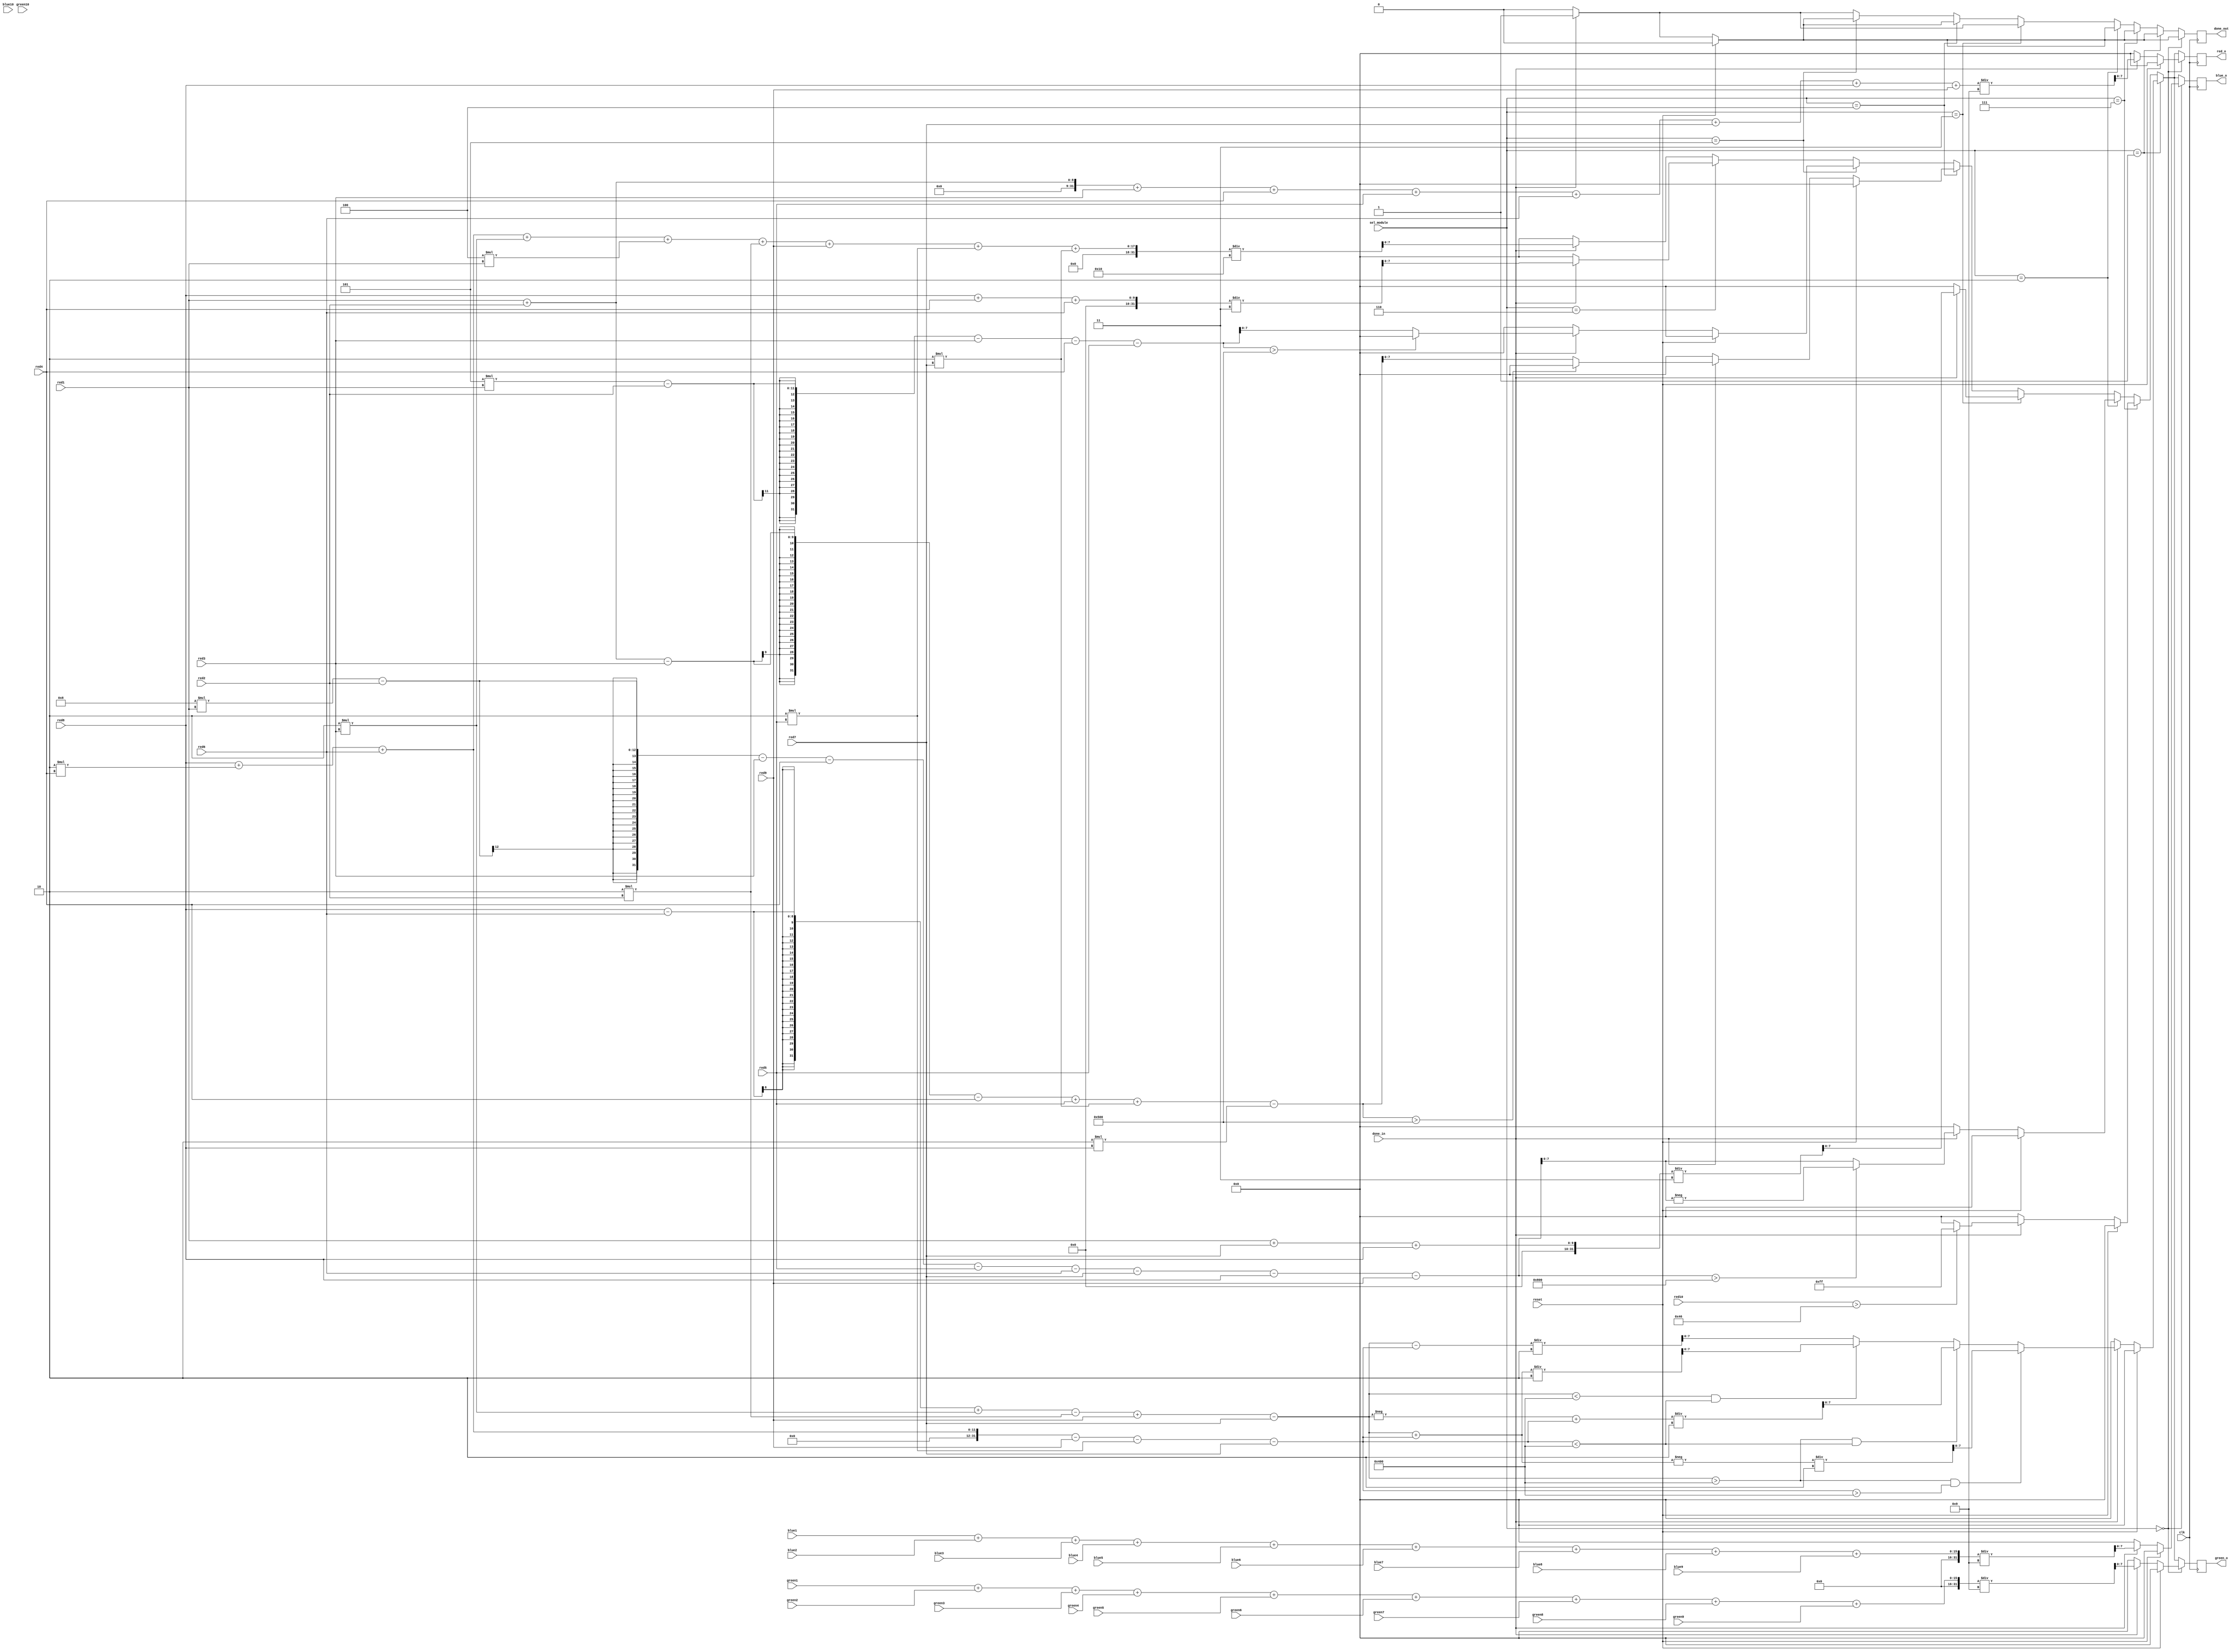
`timescale 1ns / 1ps
//////////////////////////////////////////////////////////////////////////////////
// Company: 
// Engineer: 
// 
// Design Name: 
// Module Name: blur
// Project Name: 
// Target Devices: 
// Tool Versions: 
// Description: 
// 
// Dependencies: 
// 
// Revision:
// Revision 0.01 - File Created
// Additional Comments:
// 
//////////////////////////////////////////////////////////////////////////////////



// 000 - box blurring
// 001 - modified sobel edge detection
// 010 - edge detection using kernel
// 011 - motion blur
// 100 - emboss
// 111 - binarize

//1 = original 	(2, 2)
//2 = left 		(2, 3)
//3 = right 		(2, 1)
//4 = up 			(1, 2)
//5 = down 		(3, 2)
//6 = leftup 		(1, 3)
//7 = leftdown 	(3, 3)
//8 = rightup 	(1, 1)
//9 = rightdown 	(3, 1)


//| 8 4 6 |
//| 3 1 2 |
//| 9 5 7 |


module blur(clk, reset, sel_module,red1, green1, blue1,red2, green2, blue2,red3, green3, blue3,red4, green4, blue4,red5, green5, blue5,red6, green6, blue6,red7, green7, blue7,red8, green8, blue8, red9, green9, blue9, red10, green10, blue10,     // input signlas
                     done_in, done_out,       // output signals for tgb2gray
                    // val,                           // brightness values
                     red_o, green_o, blue_o);
                     
 input clk, reset, done_in;
 input [2:0] sel_module;
 //input[7:0] val;
 input[7:0] red1, green1, blue1;
 input[7:0] red2, green2, blue2;
 input[7:0] red3, green3, blue3;
 input[7:0] red4, green4, blue4;
 input[7:0] red5, green5, blue5;
 input[7:0] red6, green6, blue6;
 input[7:0] red7, green7, blue7;
 input[7:0] red8, green8, blue8;
 input[7:0] red9, green9, blue9;
 input[7:0] red10, green10, blue10;
 
 output reg done_out;
 output reg[7:0] red_o, green_o, blue_o;
  reg[31:0] red_x, green_x, blue_x;
 
 always@(posedge clk)
    begin
    if(sel_module == 3'b000) begin
        if(reset) begin
            red_o <= 0;
            green_o <= 0;
            blue_o <= 0;
            done_out <= 0;
        end else begin
            if(done_in == 1)begin
                red_x = (red1 + red2 + red3 +red4 +red5 +red6 +red7 +red8 +red9);
                blue_x = (blue1 + blue2 + blue3 + blue4 + blue5 + blue6 + blue7 + blue8 + blue9);
                green_x = (green1 + green2 + green3 + green4 + green5 + green6 + green7 + green8 + green9);
                red_x = red_x/9;
                blue_x = blue_x/9;
                green_x = green_x/9;
                red_o <= red_x;
                blue_o <= blue_x;
                green_o <= green_x;
                //$display("%d", gray);
                done_out <= 1;
            end else begin
                red_o <= 0;
                blue_o <= 0;
                green_o <= 0;
                done_out <= 0;
            end
        end
        
//        sobel edge detection
     
//        | 1 0 -1 |           | 1 2 1 |
//        | 2 0 -2 |           | 0 0 0 |
//        | 1 0 -1 |           |-1 -2 -1 |


//| 8 4 6 |
//| 3 1 2 |
//| 9 5 7 |
    end else if(sel_module == 3'b001) begin
            if(reset) begin
                red_o <= 0;
                green_o <= 0;
                blue_o <= 0;
                done_out <= 0;
            end else begin
                if(done_in == 1)begin                  
                    red_x = ((red8)- red6 + (2*red3) - (2*red2) + red9 - red7);
                    blue_x = ((red8) + (2*red4) + red6 - red9 - (2*red5) - red7);
//                   $display("%d", red_x);
////                    red_x = red_x/9;
////                    blue_x = blue_x/9;
////                    green_x = green_x/9;
                    if(red_x > 1024 & blue_x > 1024)begin
                        green_x = -(red_x + blue_x)/2;
                    end else if(red_x > 1024 & blue_x < 1024)begin
                        green_x = (-red_x  + blue_x)/2;
                    end else if(red_x < 1024 & blue_x < 1024)begin
                        green_x = (red_x + blue_x)/2;
                    end else begin
                        green_x = (red_x - blue_x)/2;
                    end
//                    green_x = ((red_x*red_x) + (blue_x*blue_x));
                    red_o <= green_x;
                    blue_o <= green_x;
                    green_o = green_x;
                    //$display("%d", gray);
                    done_out <= 1;
                end else begin
                    red_o <= 0;
                    blue_o <= 0;
                    green_o <= 0;
                    done_out <= 0;
                end
         end
         
         
         
         
    end else if(sel_module == 3'b111) begin
         if(reset) begin
             red_o <= 0;
             green_o <= 0;
             blue_o <= 0;
             done_out <= 0;
         end else begin
             if(done_in == 1)begin                  
                //red_x = (red_x > 30) ? 255 : 0;
                red_x = (red10>70) ? 255 : 0;
                red_o <= red_x;
                green_o <= red_x;
                blue_o <= red_x;
                done_out <= 1;
             end else begin
                 red_o <= 0;
                 blue_o <= 0;
                 green_o <= 0;
                 done_out <= 0;
             end
         end
    end else if(sel_module == 3'b010) begin
         if(reset) begin
             red_o <= 0;
             green_o <= 0;
             blue_o <= 0;
             done_out <= 0;
         end else begin
             if(done_in == 1)begin                  
                red_x = ((8*red1) - red2 - red3 - red4 - red5 - red6 - red7 - red8 - red9);
//                $display("%d", red_x);
////                    red_x = red_x/9;
////                    blue_x = blue_x/9;
////                    green_x = green_x/9;
//                green_x = ((red_x*red_x) + (blue_x*blue_x));
//                 $display("%d", red_x);
                 if(red_x > 2048)begin
//                    $display("less than zero");
                    red_o <= -red_x;
                    blue_o <= -red_x;
                    green_o <= -red_x;
                 end else begin
//                    $display("greater");
                    red_o <= red_x;
                    blue_o <= red_x;
                    green_o <= red_x;
                 end
                 //$display("%d", gray);
                 done_out <= 1;
             end else begin
                 red_o <= 0;
                 blue_o <= 0;
                 green_o <= 0;
                 done_out <= 0;
             end
         end
    end else if(sel_module == 3'b011) begin
        if(done_in == 1)begin                  
            red_x = (red1  + red7 + red8);
            red_x = red_x/3;
//                $display("%d", red_x);
////                    red_x = red_x/9;
////                    blue_x = blue_x/9;
////                    green_x = green_x/9;
//                green_x = ((red_x*red_x) + (blue_x*blue_x));
                red_o <= red_x;
                blue_o <= red_x;
                green_o <= red_x;
             //$display("%d", gray);
             done_out <= 1;
         end else begin
             red_o <= 0;
             blue_o <= 0;
             green_o <= 0;
             done_out <= 0;
         end
    
    end else if(sel_module == 3'b100) begin
        if(reset) begin
            red_o <= 0;
            green_o <= 0;
            blue_o <= 0;
            done_out <= 0;
        end else begin
 // emboss
 
 // -2, -1, 0
 // -1, 1, 1
 // 0, 1, 2
 
 //| 8 4 6 |
 //| 3 1 2 |
 //| 9 5 7 |
            if(done_in == 1)begin
                red_x = (red1 + red2 - red3 - red4 + red5 + (2*red7) -(2*red8));
//                blue_x = (blue1 + blue2 + blue3 + blue4 + blue5 + blue6 + blue7 + blue8 + blue9);
//                green_x = (green1 + green2 + green3 + green4 + green5 + green6 + green7 + green8 + green9);
                if(red_x > 1280)begin
                    red_o <= 0;
                    blue_o <= 0;
                    green_o <= 0;
                end else begin
                    red_o <= red_x;
                    blue_o <= red_x;
                    green_o <= red_x;
                end
                //$display("%d", gray);
                done_out <= 1;
            end else begin
                red_o <= 0;
                blue_o <= 0;
                green_o <= 0;
                done_out <= 0;
            end
        end
    
    end else if(sel_module == 3'b101)begin
        if(reset) begin
            red_o <= 0;
            green_o <= 0;
            blue_o <= 0;
            done_out <= 0;
        end else begin
    // emboss
    
    // -0, -1, 0
    // -1, 5, -1
    // 0, -1, 0
    
    //| 8 4 6 |
    //| 3 1 2 |
    //| 9 5 7 |
        if(done_in == 1)begin
            red_x = ((5*red1) - red2 - red3 - red4 - red5);
//                blue_x = (blue1 + blue2 + blue3 + blue4 + blue5 + blue6 + blue7 + blue8 + blue9);
//                green_x = (green1 + green2 + green3 + green4 + green5 + green6 + green7 + green8 + green9);
//            $display("%d", red_x);
            if(red_x > 1280)begin
//            $display("negative");
//                $display("%d", red_x);
                red_o <= 0;
//                $display("%d", red_o);
                blue_o <= 0;
                green_o <= 0;
            end else begin
                red_o <= red_x;
                blue_o <= red_x;
                green_o <= red_x;
            end
            //$display("%d", gray);
            done_out <= 1;
        end else begin
            red_o <= 0;
            blue_o <= 0;
            green_o <= 0;
            done_out <= 0;
        end
    end
    
    end else if(sel_module == 3'b110) begin
        if(done_in == 1)begin                  
            red_x = (red8  + red4 + red6);
            red_x = red_x/3;
                red_o <= red_x;
                blue_o <= red_x;
                green_o <= red_x;
             done_out <= 1;
         end else begin
             red_o <= 0;
             blue_o <= 0;
             green_o <= 0;
             done_out <= 0;
         end
    end else begin
//| 8 4 6 | 1, 2, 1
//| 3 1 2 | 2, 4, 2
//| 9 5 7 | 1, 2, 1
         if(done_in == 1)begin                  
             red_x = (red8  + (2*red4) + red6 + (2*red3) + (4*red1) + (2*red2) + red9 + (2*red5) + (2*red7));
             red_x = red_x/16;
                 red_o <= red_x;
                 blue_o <= red_x;
                 green_o <= red_x;
              done_out <= 1;
          end else begin
              red_o <= 0;
              blue_o <= 0;
              green_o <= 0;
              done_out <= 0;
          end
     end 
end
endmodule